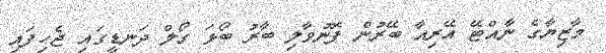
މާޒިޔާގެ ނާއްޓޭ އޭރިއާ ބޭރުން ފޮނުވާލި ބާރު ބޯޅަ ގޯލް ދަނޑީގައި ޖެހިފައި